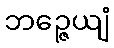
ဘဉ္ဇေယျံ